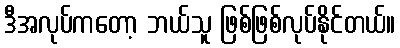
ဒီအလုပ်ကတော့ ဘယ်သူ ဖြစ်ဖြစ်လုပ်နိုင်တယ်။